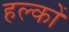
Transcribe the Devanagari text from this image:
हल्कों